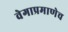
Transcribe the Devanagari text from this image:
वेगाप्रमाणेच